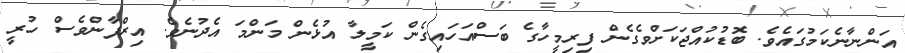
އަންނާނެކަމުގައެވެ. ބޮޑުކުއްޖަކަށްވެގެން ފިރިމީހާގެ ބަސްއަހައިގެން ކަމީލާ އުޅެން މަންމަ އެދުނެވެ. އިރްފާންވެސް ހުރީ